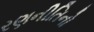
રણનીતિનો